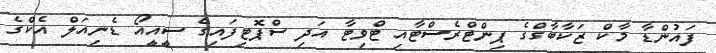
ފައުންޑާ މާކް ޒަކާބާގްގެ ޕިންޓްރެސްޓާއި ޓްވިޓާ އަދި ސްޕޮޓިފައިގެ ސީއީއޯ ޑެނިއަލް އެކްގެ